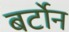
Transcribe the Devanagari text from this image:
बर्टोन